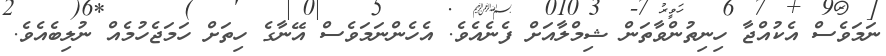
ނަމަވެސް އެކުއްޖާ ހިނިތުންވާތަން ޝިމްލާއަށް ފެނެއެވެ. އެހެންނަމަވެސް އޭނާގެ ހިތަށް ހަމަޖެހުމެއް ނުލިބެއެވެ.